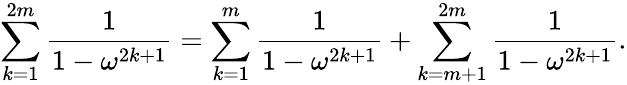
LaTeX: \sum_{k=1}^{2m}\frac{1}{1-\omega^{2k+1}}=\sum_{k=1}^{m}\frac{1}{1-\omega^{2k+1}}+\sum_{k=m+1}^{2m}\frac{1}{1-\omega^{2k+1}}.